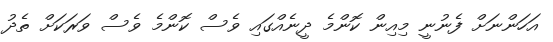
އަހަންނަށް ފެނުނީ މިއިން ކޮންމެ ދީނެއްގައި ވެސް ކޮންމެ ވެސް ވަރަކަށް ތެދު